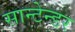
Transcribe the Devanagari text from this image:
सान्टेन्डर